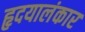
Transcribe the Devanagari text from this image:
हृदयालंकार